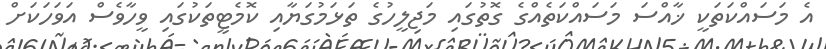
އެ މަސައްކަތަކީ ޚާއްސަ މަސައްކަތެއްގެ ގޮތުގައި މަޖިލީހުގެ ތަޅަމުގަޔާއި ކޮމެޓީތަކުގައި ވީހާވެސް އަވަހަކަށް